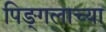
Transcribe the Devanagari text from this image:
पिङ्गलाच्या